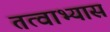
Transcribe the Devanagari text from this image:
तत्वाभ्यास